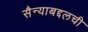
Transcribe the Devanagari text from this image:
सैन्याबद्दलची